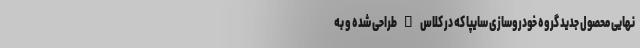
نهایی محصول جدید گروه خودروسازی سایپا که در کلاس B طراحی شده و به